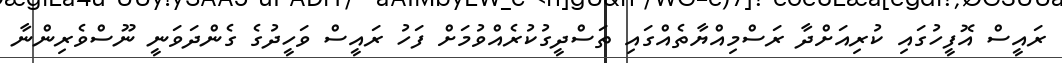
ރައީސް އޮފީހުގައި ކުރިއަށްދާ ރަސްމިއްޔާތެއްގައި ތަސްދީގުކުރެއްވުމަށް ފަހު ރައީސް ވަހީދުގެ ގެންދަވަނީ ނޫސްވެރިންނާ